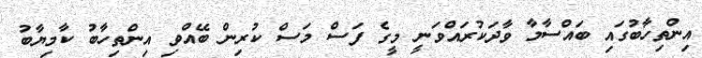
އިންތިހާބުގައި ބައްސާމާ ވާދަކުރައްވަނީ މީގެ ފަސް މަސް ކުރިން ބޭއްވި އިންތިހާބު ކާމިޔާބު